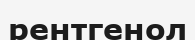
рентгенол